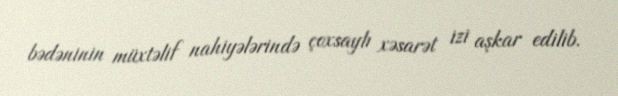
bədəninin müxtəlif nahiyələrində çoxsaylı xəsarət izi aşkar edilib.